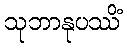
သုဘာနုပဿိံ